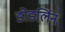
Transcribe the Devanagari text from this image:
डोडर्लिन